Vaccination in Bombay 1874-1876 - 1874-1876
Year: 1874
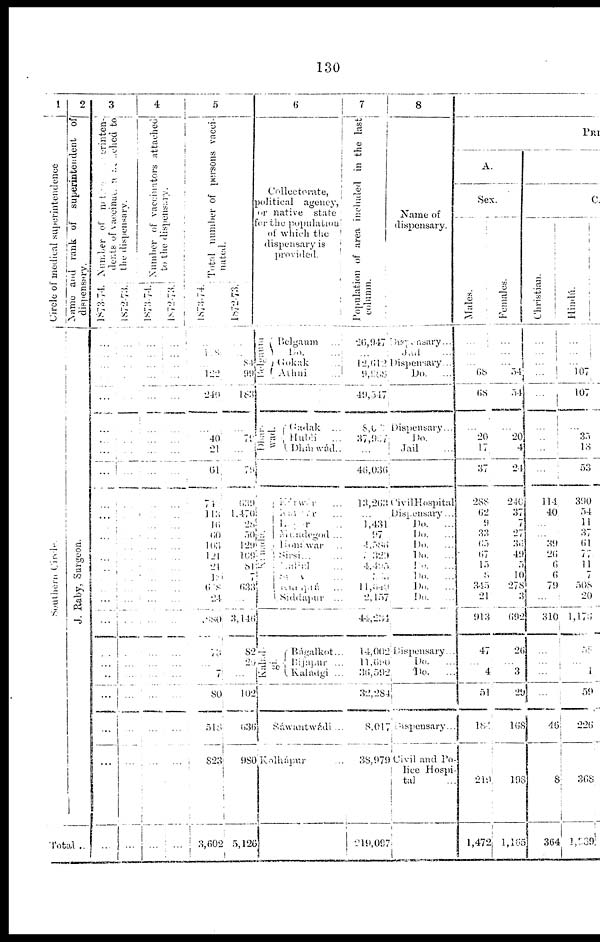
130
1
Circle of medical superintendence
Southern Circle.
2
Name
and rank of superintendent of
dispensary.
J. Raby, Sur geon.
Total ...
3
Number
of native superinten-
dents of vaccinators attached to
the dispensary.
1873-74.
...
... ...
...
...
...
...
...
...
...
...
...
...
...
...
...
...
...
...
...
...
...
...
...
...
...
...
1872-73.
...
... ...
...
...
...
...
...
...
...
...
...
...
...
...
...
...
...
...
...
...
...
...
...
...
...
...
4
Number of vaccinators attached
to the dispensary.
1873-74.
...
... ...
...
...
...
...
...
...
...
...
...
...
...
...
...
...
...
...
...
...
...
...
...
...
...
...
1872-73.
...
... ...
...
...
...
...
...
...
...
...
...
...
...
...
...
...
...
...
...
...
...
...
...
...
...
...
5
Total number of persons vacci-
nated.
1873-74.
...
118
...
122
240
...
40
21
61
74
113
16
66
103
121
21
18
678
24
880
73
...
7
80
518
823
3,602
1872-73.
...
...
84
99
183
...
79
...
79
639
1,470
28
30
129
169
81
7
633
...
3,146
82
29 ...
102
636
980
5,126
6
Collectorate,
political
agency,
or native
state
for the population
of which the
dispensary is
provided.
Belgaum
Belgaum ...
Do. ...
Gokak ...
Athni
...
Dhar-
wad.
Gadak
...
Hubli
...
Dhárwád ...
Kánádá.
Kárwár ...
Kárwár ...
Mawar ...
Mundegod ...
Honawar ...
Sirsi...
Halial ...
Siddapur
...
Kalad-
gi.
Bágalkot...
Bijapur
...
Kaladgi
...
Sáwantwádi
...
Kolhápur ...
7
Population of area included in the last
column.
26,947
...
12,612
9,988
49,347
8,033
37,967
...
46,036
13,263
...
1,431
97
4,386
3,329
4,495
11,540
2,157
44,234
14,002
11,690
36,592
32,284
8,017
38,979
219,097
8
Name of
dispensary.
Dispensary...
Jail ...
Dispensary...
Do.
...
Dispensary...
Do. ...
Jail ...
Civil Hospital
Dispensary ...
Do.
...
Do.
...
Do.
...
Do.
...
Do. ...
Do. ...
Do.
...
Do. ...
Dispensary...
Do. ...
Do.
...
Dispensary...
Civil and Po-
lice Hospi-
tal
...
PRI
A.
Sex.
Males.
...
...
...
68
68
...
20
17
37
288
62
9
33
65
67
15
8
345
21
913
47
...
4
51
184
219
1,472
Females.
...
...
...
54
54
...
20
4
24
240
37
7
27
36
49
5
10
278
3
692
26
...
3
29
168
198
1,165
C
Christian.
... ...
...
...
...
...
...
...
...
114
40
...
...
39
26
6
6
79
...
310
...
...
...
...
46
8
364
Hindú.
...
...
...
107
107
...
35
13
53
390
54
11
37
61
77
11
7
508
20
1,176
58
...
1
59
226
368
1,639